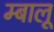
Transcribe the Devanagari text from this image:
म्बालू